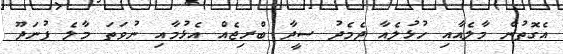
އެގޮތުން މާލެއާއި ހުޅުލެއާ ދެމެދު ސީދާ ބްރިޖެއް އެޅުމާއި ނުވަތަ މާލެ ފުނަދޫ